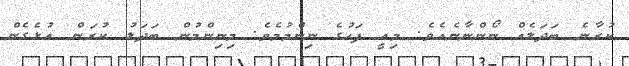
ކުރާނެ ބަދަލެއް ނޯންނާނެއެވެ. މިއީ ފަހުގެ ނިންމުމެވެ. މިނިންމުން ބަދަލު ކުރަން އުޅެގެން